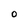
Character: O